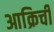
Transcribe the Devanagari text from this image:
आक्रिची